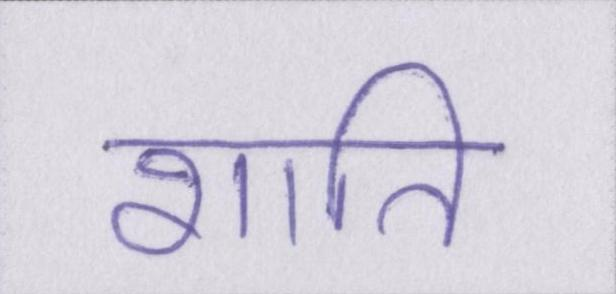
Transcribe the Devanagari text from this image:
शाति